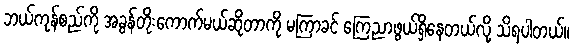
ဘယ်ကုန်စည်ကို အခွန်တိုးကောက်မယ်ဆိုတာကို မကြာခင် ကြေညာဖွယ်ရှိနေတယ်လို့ သိရပါတယ်။